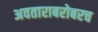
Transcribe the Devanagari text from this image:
अवताराबरोबरच